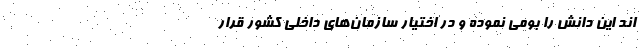
اند این دانش را بومی نموده و در اختیار سازمان‌های داخلی کشور قرار